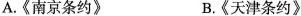
A.《南京条约》 B.《天津条约》